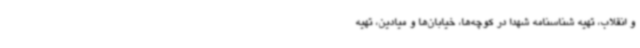
و انقلاب، تهیه شناسنامه شهدا در کوچه‌ها، خیابان‌ها و میادین، تهیه